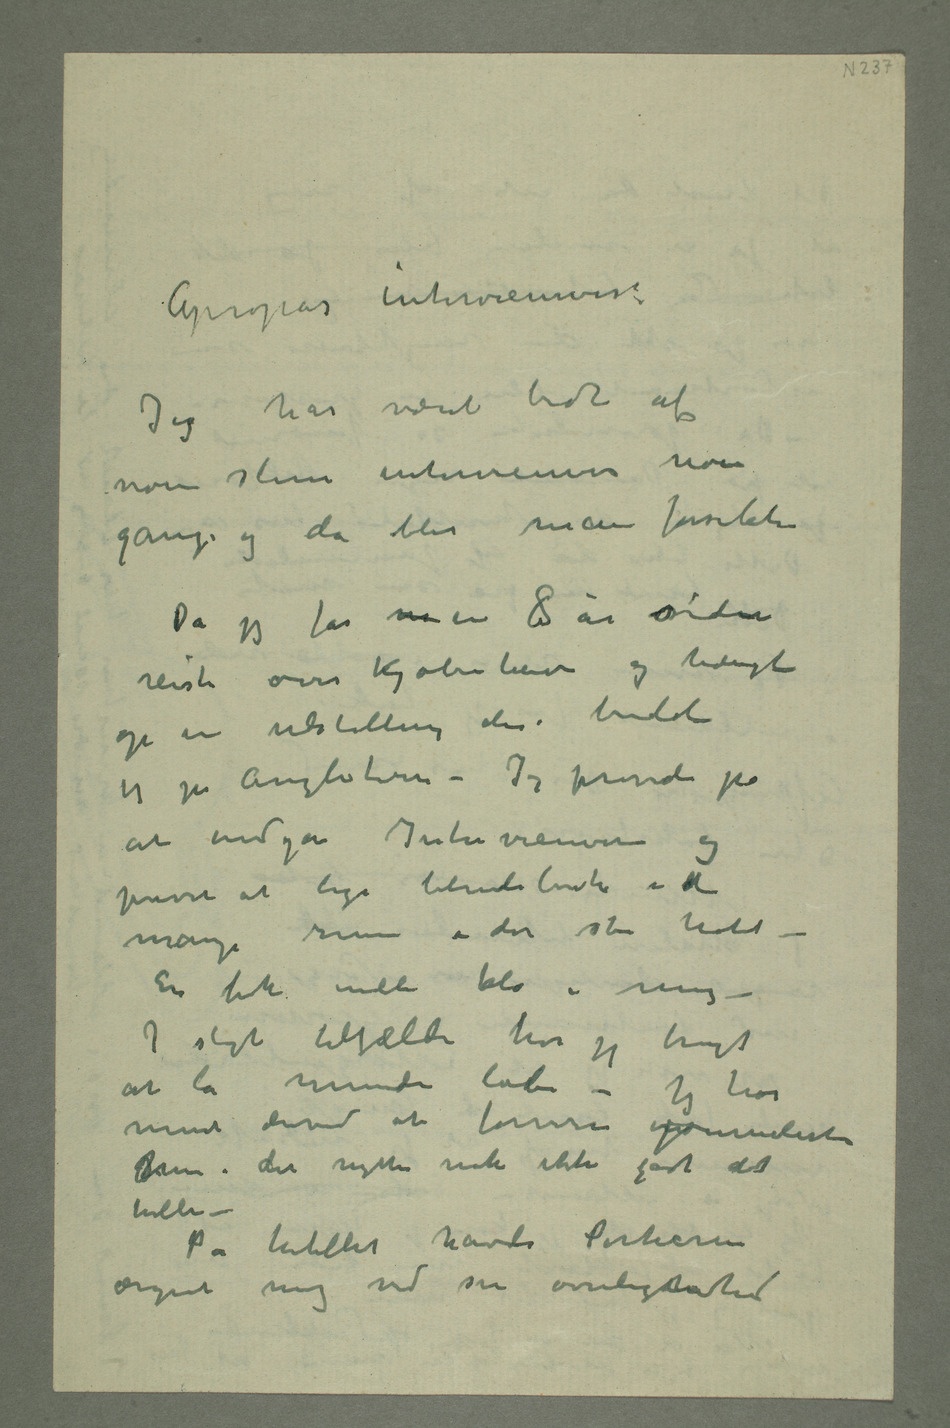
Apropos
intervieuwere:
Jeg har været bedt af
noen slue intervieuwere noen
gange og da blir man forsikti
Da jeg for m en 8 år siden
reiste over Kjøbenhavn og hængte
op en udstilling der bodde
jeg på Angleterre – Jeg prøvde på
at undgå Intervieuwere og
prøvet at lege blindebuk i de
mange rum i det store hotel
– En fik endeli klo i mig –
I sligt tilfælde har jeg brugt
at la munden løbe – Jeg har
ment derved at forvirre injournalisten
Men det nytter nok ikke godt det
heller –
På hotellet havde Portieren
ærgret mig ved sin overlegenhed